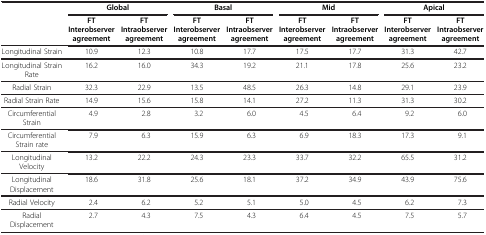
|  | <COLSPAN=2> Global | <COLSPAN=2> Basal | <COLSPAN=2> Mid | <COLSPAN=2> Apical |
 |  | FT Interobserver agreement | FT Intraobserver agreement | FT Interobserver agreement | FT Intraobserver agreement | FT Interobserver agreement | FT Intraobserver agreement | FT Interobserver agreement | FT Intraobserver agreement |
 | --- | --- | --- | --- | --- | --- | --- | --- | --- |
 | Longitudinal Strain | 10.9 | 12.3 | 10.8 | 17.7 | 17.5 | 17.7 | 31.3 | 42.7 |
 | Longitudinal Strain Rate | 16.2 | 16.0 | 34.3 | 19.2 | 21.1 | 17.8 | 25.6 | 23.2 |
 | Radial Strain | 32.3 | 22.9 | 13.5 | 48.5 | 26.3 | 14.8 | 29.1 | 23.9 |
 | Radial Strain Rate | 14.9 | 15.6 | 15.8 | 14.1 | 27.2 | 11.3 | 31.3 | 30.2 |
 | Circumferential Strain | 4.9 | 2.8 | 3.2 | 6.0 | 4.5 | 6.4 | 9.2 | 6.0 |
 | Circumferential Strain rate | 7.9 | 6.3 | 15.9 | 6.3 | 6.9 | 18.3 | 17.3 | 9.1 |
 | Longitudinal Velocity | 13.2 | 22.2 | 24.3 | 23.3 | 33.7 | 32.2 | 65.5 | 31.2 |
 | Longitudinal Displacement | 18.6 | 31.8 | 25.6 | 18.1 | 37.2 | 34.9 | 43.9 | 75.6 |
 | Radial Velocity | 2.4 | 6.2 | 5.2 | 5.1 | 5.0 | 4.5 | 6.2 | 7.3 |
 | Radial Displacement | 2.7 | 4.3 | 7.5 | 4.3 | 6.4 | 4.5 | 7.5 | 5.7 |